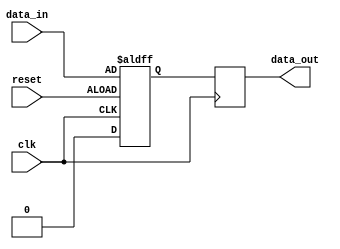
module edge_triggered_latch (
    input wire clk,
    input wire reset,
    input wire data_in,
    output reg data_out
);

reg latch;

always @(posedge clk or negedge reset) begin
    if (reset == 1'b1) begin
        latch <= 1'b0;
    end else begin
        latch <= data_in;
    end
end

always @(posedge clk) begin
    data_out <= latch;
end

endmodule